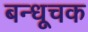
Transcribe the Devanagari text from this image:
बन्धूचक